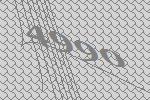
4990